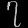
Digit: ၇